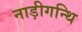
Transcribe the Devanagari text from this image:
नाड़ीगन्थि